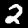
Digit: 2